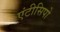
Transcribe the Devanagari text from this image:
एंटीसिपो